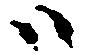
ハ